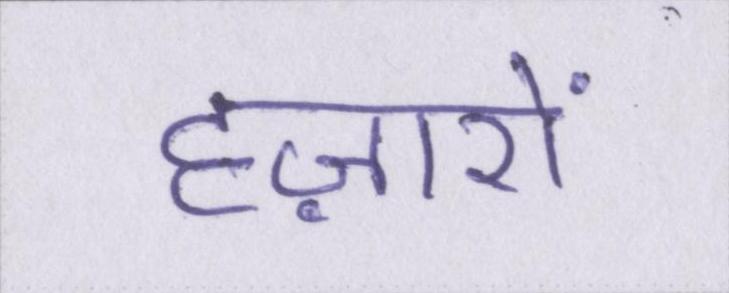
हज़ारों